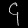
Digit: ၄